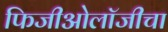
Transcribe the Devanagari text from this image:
फिजीओलॉजीचा